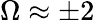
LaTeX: \Omega\approx\pm 2